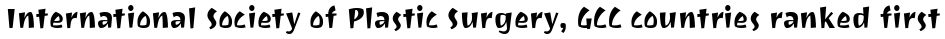
International Society of Plastic Surgery, GCC countries ranked first